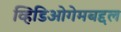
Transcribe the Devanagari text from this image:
व्हिडिओगेमबद्दल